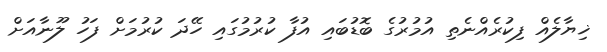
ޚިޔާލެއް ފިކުރެއްނެތި އުމުރުގެ ބޮޑުބައި އުފާ ކުރުމުގައި ހޭދަ ކުރުމަށް ފަހު ލޫނާއަށް